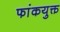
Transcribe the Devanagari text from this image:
फांकयुक्त